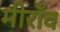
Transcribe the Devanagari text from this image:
मीराँव